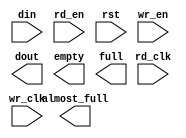
module txfifo_512x72_to_9(
	din,
	rd_clk,
	rd_en,
	rst,
	wr_clk,
	wr_en,
	almost_full,
	dout,
	empty,
	full);


input [71 : 0] din;
input rd_clk;
input rd_en;
input rst;
input wr_clk;
input wr_en;
output almost_full;
output [8 : 0] dout;
output empty;
output full;

// synthesis translate_off

      FIFO_GENERATOR_V3_3 #(
		.C_COMMON_CLOCK(0),
		.C_COUNT_TYPE(0),
		.C_DATA_COUNT_WIDTH(9),
		.C_DEFAULT_VALUE("BlankString"),
		.C_DIN_WIDTH(72),
		.C_DOUT_RST_VAL("0"),
		.C_DOUT_WIDTH(9),
		.C_ENABLE_RLOCS(0),
		.C_FAMILY("virtex2p"),
		.C_HAS_ALMOST_EMPTY(0),
		.C_HAS_ALMOST_FULL(1),
		.C_HAS_BACKUP(0),
		.C_HAS_DATA_COUNT(0),
		.C_HAS_MEMINIT_FILE(0),
		.C_HAS_OVERFLOW(0),
		.C_HAS_RD_DATA_COUNT(0),
		.C_HAS_RD_RST(0),
		.C_HAS_RST(1),
		.C_HAS_SRST(0),
		.C_HAS_UNDERFLOW(0),
		.C_HAS_VALID(0),
		.C_HAS_WR_ACK(0),
		.C_HAS_WR_DATA_COUNT(0),
		.C_HAS_WR_RST(0),
		.C_IMPLEMENTATION_TYPE(2),
		.C_INIT_WR_PNTR_VAL(0),
		.C_MEMORY_TYPE(1),
		.C_MIF_FILE_NAME("BlankString"),
		.C_OPTIMIZATION_MODE(0),
		.C_OVERFLOW_LOW(0),
		.C_PRELOAD_LATENCY(1),
		.C_PRELOAD_REGS(0),
		.C_PRIM_FIFO_TYPE("512x72"),
		.C_PROG_EMPTY_THRESH_ASSERT_VAL(9),
		.C_PROG_EMPTY_THRESH_NEGATE_VAL(10),
		.C_PROG_EMPTY_TYPE(0),
		.C_PROG_FULL_THRESH_ASSERT_VAL(510),
		.C_PROG_FULL_THRESH_NEGATE_VAL(509),
		.C_PROG_FULL_TYPE(0),
		.C_RD_DATA_COUNT_WIDTH(9),
		.C_RD_DEPTH(4096),
		.C_RD_FREQ(100),
		.C_RD_PNTR_WIDTH(12),
		.C_UNDERFLOW_LOW(0),
		.C_USE_ECC(0),
		.C_USE_FIFO16_FLAGS(0),
		.C_VALID_LOW(0),
		.C_WR_ACK_LOW(0),
		.C_WR_DATA_COUNT_WIDTH(9),
		.C_WR_DEPTH(512),
		.C_WR_FREQ(100),
		.C_WR_PNTR_WIDTH(9),
		.C_WR_RESPONSE_LATENCY(1))
	inst (
		.DIN(din),
		.RD_CLK(rd_clk),
		.RD_EN(rd_en),
		.RST(rst),
		.WR_CLK(wr_clk),
		.WR_EN(wr_en),
		.ALMOST_FULL(almost_full),
		.DOUT(dout),
		.EMPTY(empty),
		.FULL(full),
		.CLK(),
		.BACKUP(),
		.BACKUP_MARKER(),
		.PROG_EMPTY_THRESH(),
		.PROG_EMPTY_THRESH_ASSERT(),
		.PROG_EMPTY_THRESH_NEGATE(),
		.PROG_FULL_THRESH(),
		.PROG_FULL_THRESH_ASSERT(),
		.PROG_FULL_THRESH_NEGATE(),
		.RD_RST(),
		.SRST(),
		.WR_RST(),
		.ALMOST_EMPTY(),
		.DATA_COUNT(),
		.OVERFLOW(),
		.PROG_EMPTY(),
		.PROG_FULL(),
		.VALID(),
		.RD_DATA_COUNT(),
		.UNDERFLOW(),
		.WR_ACK(),
		.WR_DATA_COUNT(),
		.SBITERR(),
		.DBITERR());


// synthesis translate_on

endmodule